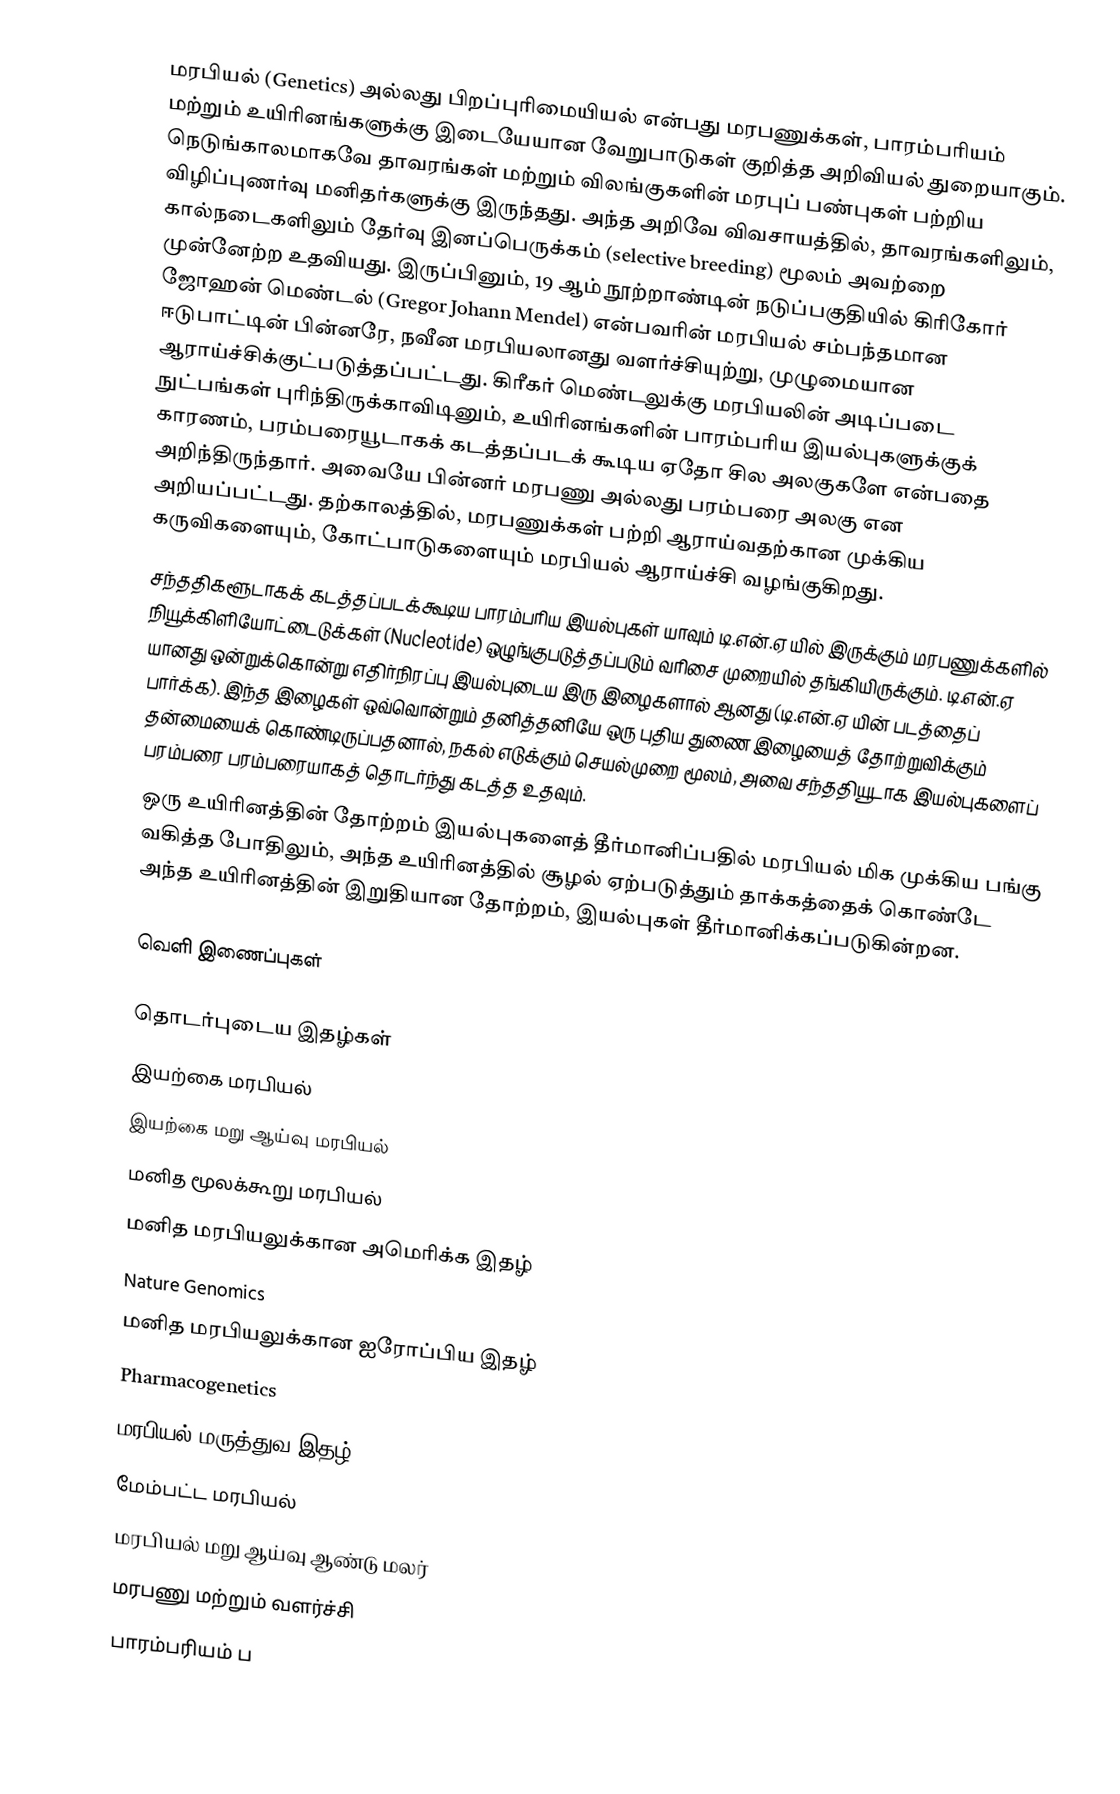
மரபியல் (Genetics) அல்லது பிறப்புரிமையியல் என்பது மரபணுக்கள், பாரம்பரியம் மற்றும் உயிரினங்களுக்கு இடையேயான வேறுபாடுகள் குறித்த அறிவியல் துறையாகும். நெடுங்காலமாகவே தாவரங்கள் மற்றும் விலங்குகளின் மரபுப் பண்புகள் பற்றிய விழிப்புணர்வு மனிதர்களுக்கு இருந்தது. அந்த அறிவே விவசாயத்தில், தாவரங்களிலும், கால்நடைகளிலும் தேர்வு இனப்பெருக்கம் (selective breeding) மூலம் அவற்றை முன்னேற்ற உதவியது. இருப்பினும், 19 ஆம் நூற்றாண்டின் நடுப்பகுதியில் கிரிகோர் ஜோஹன் மெண்டல் (Gregor Johann Mendel) என்பவரின் மரபியல் சம்பந்தமான ஈடுபாட்டின் பின்னரே, நவீன மரபியலானது வளர்ச்சியுற்று, முழுமையான ஆராய்ச்சிக்குட்படுத்தப்பட்டது. கிரீகர் மெண்டலுக்கு மரபியலின் அடிப்படை நுட்பங்கள் புரிந்திருக்காவிடினும், உயிரினங்களின் பாரம்பரிய இயல்புகளுக்குக் காரணம், பரம்பரையூடாகக் கடத்தப்படக் கூடிய ஏதோ சில அலகுகளே என்பதை அறிந்திருந்தார். அவையே பின்னர் மரபணு அல்லது பரம்பரை அலகு என அறியப்பட்டது. தற்காலத்தில், மரபணுக்கள் பற்றி ஆராய்வதற்கான முக்கிய கருவிகளையும், கோட்பாடுகளையும் மரபியல் ஆராய்ச்சி வழங்குகிறது.
சந்ததிகளூடாகக் கடத்தப்படக்கூடிய பாரம்பரிய இயல்புகள் யாவும் டி.என்.ஏ யில் இருக்கும் மரபணுக்களில் நியூக்கிளியோட்டைடுக்கள் (Nucleotide) ஒழுங்குபடுத்தப்படும் வரிசை முறையில் தங்கியிருக்கும். டி.என்.ஏ யானது ஒன்றுக்கொன்று எதிர்நிரப்பு இயல்புடைய இரு இழைகளால் ஆனது (டி.என்.ஏ யின் படத்தைப் பார்க்க). இந்த இழைகள் ஒவ்வொன்றும் தனித்தனியே ஒரு புதிய துணை இழையைத் தோற்றுவிக்கும் தன்மையைக் கொண்டிருப்பதனால், நகல் எடுக்கும் செயல்முறை மூலம், அவை சந்ததியூடாக இயல்புகளைப் பரம்பரை பரம்பரையாகத் தொடர்ந்து கடத்த உதவும்.
ஒரு உயிரினத்தின் தோற்றம் இயல்புகளைத் தீர்மானிப்பதில் மரபியல் மிக முக்கிய பங்கு வகித்த போதிலும், அந்த உயிரினத்தில் சூழல் ஏற்படுத்தும் தாக்கத்தைக் கொண்டே அந்த உயிரினத்தின் இறுதியான தோற்றம், இயல்புகள் தீர்மானிக்கப்படுகின்றன.

வெளி இணைப்புகள்

தொடர்புடைய இதழ்கள்
 இயற்கை மரபியல்
 இயற்கை மறு ஆய்வு மரபியல்
 மனித மூலக்கூறு மரபியல்
 மனித மரபியலுக்கான அமெரிக்க இதழ்
 Nature Genomics
 மனித மரபியலுக்கான ஐரோப்பிய இதழ்
 Pharmacogenetics
 மரபியல் மருத்துவ இதழ்
 மேம்பட்ட மரபியல்
 மரபியல் மறு ஆய்வு ஆண்டு மலர்
 மரபணு மற்றும் வளர்ச்சி
 பாரம்பரியம் ப